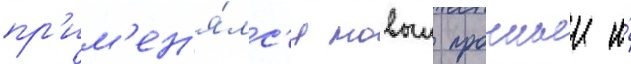
пр'им'ен'я́лс'я новыи прочныи и́